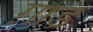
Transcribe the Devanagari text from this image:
ग़ाड